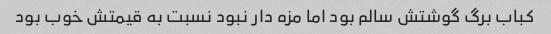
کباب برگ گوشتش سالم بود اما مزه دار نبود نسبت به قیمتش خوب بود